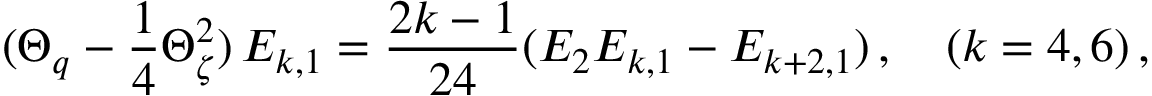
( \Theta _ { q } - \frac { 1 } { 4 } \Theta _ { \zeta } ^ { 2 } ) \, E _ { k , 1 } = \frac { 2 k - 1 } { 2 4 } ( E _ { 2 } E _ { k , 1 } - E _ { k + 2 , 1 } ) \, , \quad ( k = 4 , 6 ) \, ,